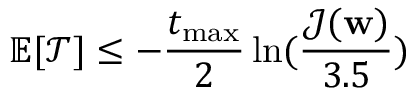
\mathbb { E } [ \mathcal { T } ] \le - \frac { t _ { \operatorname* { m a x } } } { 2 } \ln ( \frac { \mathcal { J } ( \mathbf { w } ) } { 3 . 5 } )